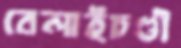
বেলাইচণ্ডী